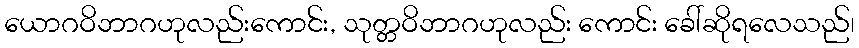
ယောဂဝိဘာဂဟုလည်းကောင်း, သုတ္တဝိဘာဂဟုလည်း ကောင်း ခေါ်ဆိုရလေသည်၊